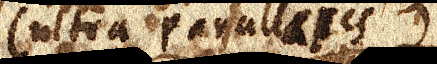
(ultra parallaxes)